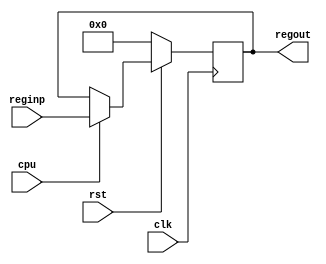
////////////////////////////////////////////////////////////////////////////////////////////////////
//
// Interessengruppe fuer Mikroelektronik und Eingebettete Systeme (IMES)
// Fachhochschule Dortmund
//
// Tool         : Mentor Graphics HDL Designer(TM) 2015.1b (Build 4)
// Description  : ordinary transmit data register
// Commentary   : Adressen: 0x14, 0x12, 0x10, 0x0e (v.u.n.o) 
//
// Changelog:
// -------------------------------------------------------------------------------------------------
// Version | Author             | Date       | Changes
// -------------------------------------------------------------------------------------------------
// 0.9     | Leduc              | 14.05.2019 | created
// -------------------------------------------------------------------------------------------------
//
////////////////////////////////////////////////////////////////////////////////////////////////////

//`resetall
//`timescale 1ns/10ps
//`default_nettype none

module transmitreg2 (
  input wire clk,
  input wire rst,
  input wire cpu,           // CPU wuenscht Zugriff
  input wire [15:0] reginp, // Registerbus
  output reg [15:0] regout  // Generalregister
);

always@(posedge clk)
begin
  if (rst == 1'b0) begin    // synchroner Reset
    regout <= 16'd0;    
  end
  else if (cpu == 1'b1) begin    // cpu schriebt zu sendende Daten
    regout <= reginp;
  end
end
endmodule